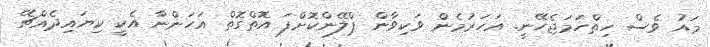
މައު ވެސް ހިތްހަމަޖެހޭނީ. އަހަރުމެން ވަކިވާން ޕްލޭންކޮށްފަ އޮތްގޮތް އަހަންނާ އެކީ ކިޔައިދެއްޗޭ